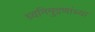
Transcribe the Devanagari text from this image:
ध्वनिमुद्रणांच्या